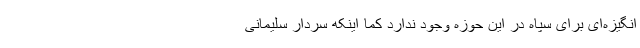
انگیزه‌ای برای سپاه در این حوزه وجود ندارد کما اینکه سردار سلیمانی